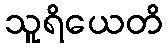
သူရိယေတိ